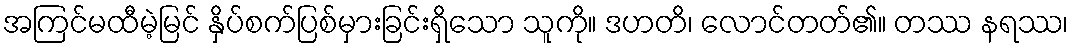
အကြင်မထီမဲ့မြင် နှိပ်စက်ပြစ်မှားခြင်းရှိသော သူကို။ ဒဟတိ၊ လောင်တတ်၏။ တဿ နရဿ၊